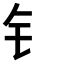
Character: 钅